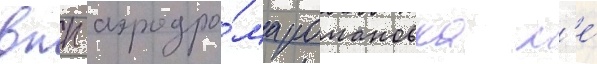
впп аэродро́ма романовка н'е́